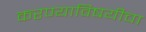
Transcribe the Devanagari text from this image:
करण्याविषयीचा